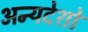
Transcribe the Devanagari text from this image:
अन्यदेशो